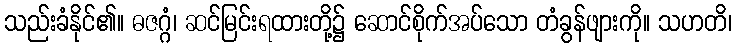
သည်းခံနိုင်၏။ ဓဇဂ္ဂံ၊ ဆင်မြင်းရထားတို့၌ ဆောင်စိုက်အပ်သော တံခွန်ဖျားကို။ သဟတိ၊